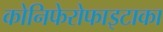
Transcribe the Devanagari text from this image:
कोनिफेरोफाइटाका